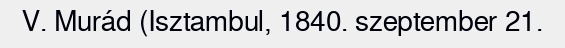
V. Murád (Isztambul, 1840. szeptember 21.